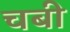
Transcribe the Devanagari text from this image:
चबी